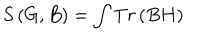
LaTeX: S \left( G , B \right) = \int T r \left( B H \right)